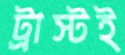
ট্রাস্টই